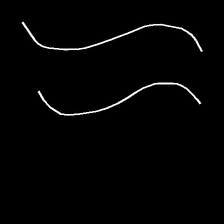
Glyph: float